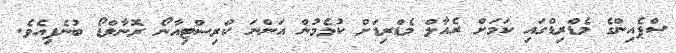
ސްޕެއިންގެ މެޑްރިޑްގައި ކަމަށް ރެއާލް މެޑްރިޑަށް ކުޅެމުން އަންނަ ކްރިސްޓިއާނޯ ރޮނާލްޑޯ ބުނެފިއެވެ.